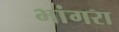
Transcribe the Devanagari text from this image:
भांगरा